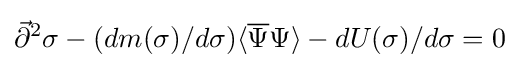
{\vec {\partial }}^{2}\sigma -(dm(\sigma )/d\sigma )\langle {\overline {\Psi }}\Psi \rangle -dU(\sigma )/d\sigma =0